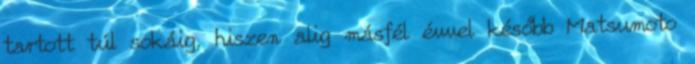
tartott túl sokáig, hiszen alig másfél évvel később Matsumoto